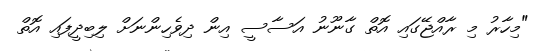
"މިހާރު މި ރާއްޖޭގައި އޮތް ގާނޫނު އަސާސީ އިން ދިވެހިންނަށް ލިބިދީފައި އޮތް